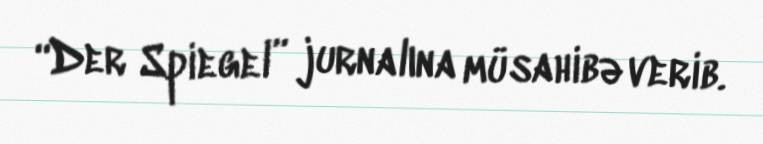
“Der Spiegel” jurnalına müsahibə verib.